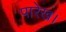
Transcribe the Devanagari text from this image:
पारेख।